Statistical return of the lunatic asylum in Assam - 1912-1932
Year: 1912
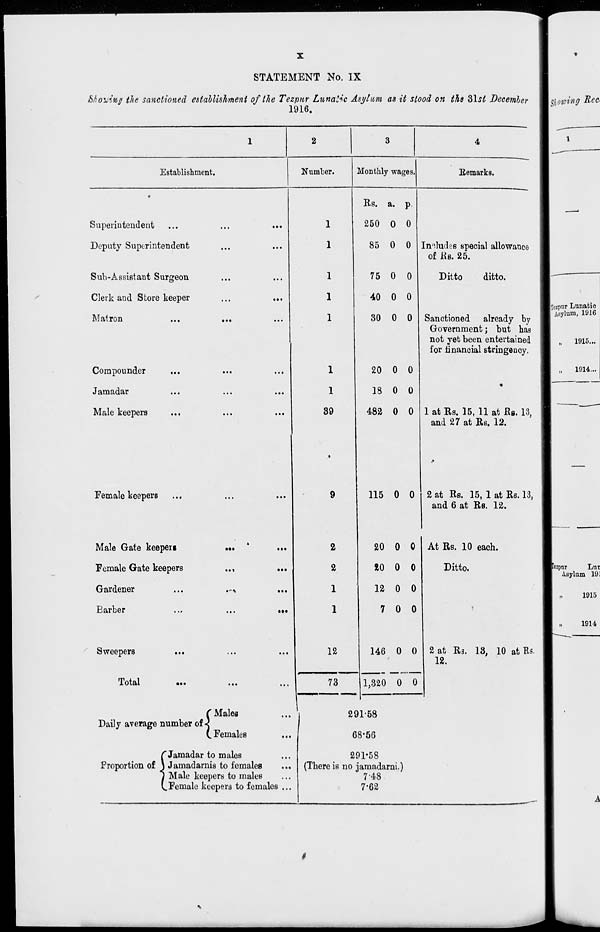
STATEMENT No. IX
•
&//o'j$*$ the sanctioned establishment of the Tezpur Lunatic Asylum as it stood on ths Slsi Decemler
1916.
2
Establishment.
Superintendent
Deputy Superintendent
Sub-Assistant Surgeon
Clerk and Store keeper
Matron
Compounder
Jamadar
Male keepers
Female keepers
•••
•-«»
Number.
•••
Male Gate keepers
Female Gate keepers
Gardener
Barber
Sweepers
...
Total
C Males
Daily average number of <
(.Females
f Jaraadar to males
Proportion of j Jamadarnis to females
...
I Male keepers to males
V.Female keepers to females ...
1
1
1
1
1
1
1
39
Monthly wages.
Bemarks.
Rs. a. p.
250 0 0
85 0 0
75 0 0
40 0 0
30 0 0
20 0 0
Includes special allowance
of Rs. 25.
Ditto
ditto.
Sanctioned already by
Government; but has
not yet been entertained
for financial stringency.
18 0 0
482 0 0 1 at Rs. 15, 11 at Rs. 13,
and 27 at Rs. 12.
9
115 0 0 2 at Rs. 15, 1 at Rs. 13,
and 6 at Rs. 12.
2
20 0 0 At Rs. 10 each.
a
to 0 0
Ditto.
1
12 0 0
l
7 0 0
'
12
146 0 0
1,320 0 0
2 at R 3 . 13, 10 at Rs
12.
73
29
1
■
1-58
6 8*56
21
(There is no ;
)1'58
amadarni.)
7-48
7-62